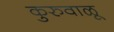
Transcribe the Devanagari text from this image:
कुरुवाळू